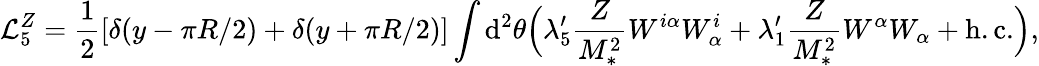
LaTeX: \mathcal{L}_{5}^{Z}=\frac{1}{2}[\delta(y-\pi R/2)+\delta(y+\pi R/2)]\int{\mathrm{d}^{2}\theta}\Big(\lambda_{5}^{\prime}\frac{Z}{M_{*}^{2}}W^{i\alpha}W_{\alpha}^{i}+\lambda_{1}^{\prime}\frac{Z}{M_{*}^{2}}W^{\alpha}W_{\alpha}+\mathrm{h.c.}\Big),